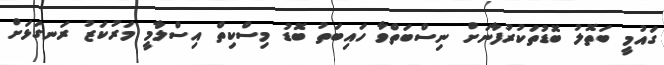
ގައުމީ ބަތޮލު ބޮޑުތަކުރުފާނަށް ނިސްބަތްވާ ހައިބަތު ބޮޑު މިސްކިތް އިސްލާމީ މަރުކަޒު ރަނގަޅަށް